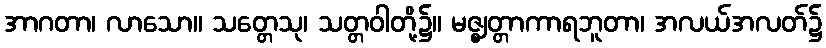
အာဂတာ၊ လာသော။ သတ္တေသု၊ သတ္တဝါတို့၌။ မဇ္ဈတ္တာကာရဘူတာ၊ အလယ်အလတ်၌